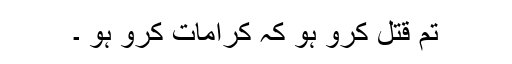
تم قتل کرو ہو کہ کرامات کرو ہو ۔